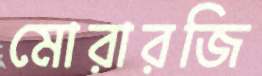
মোরারজি